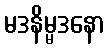
မဒနိမ္မဒနော